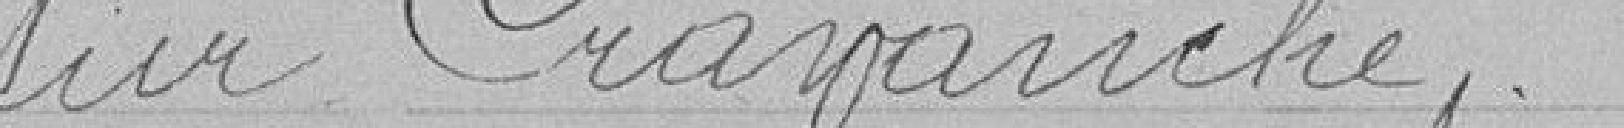
sur Cravanch